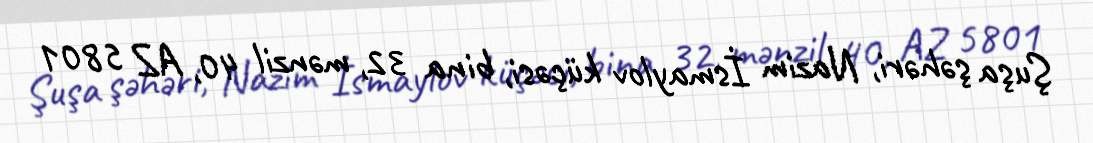
Şuşa şəhəri, Nazim İsmaylov küçəsi, bina 32, mənzil 40, AZ 5801